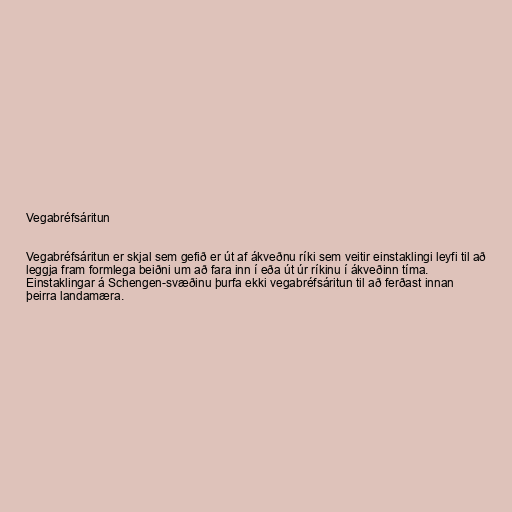
Vegabréfsáritun

Vegabréfsáritun er skjal sem gefið er út af ákveðnu ríki sem veitir einstaklingi leyfi til að
leggja fram formlega beiðni um að fara inn í eða út úr ríkinu í ákveðinn tíma.
Einstaklingar á Schengen-svæðinu þurfa ekki vegabréfsáritun til að ferðast innan
þeirra landamæra.